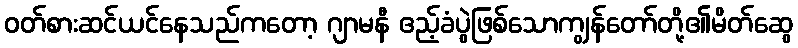
ဝတ်စားဆင်ယင်နေသည်ကတော့ ဂျာမနီ ဧည့်ခံပွဲဖြစ်သောကျွန်တော်တို့၏မိတ်ဆွေ